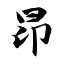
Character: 昂